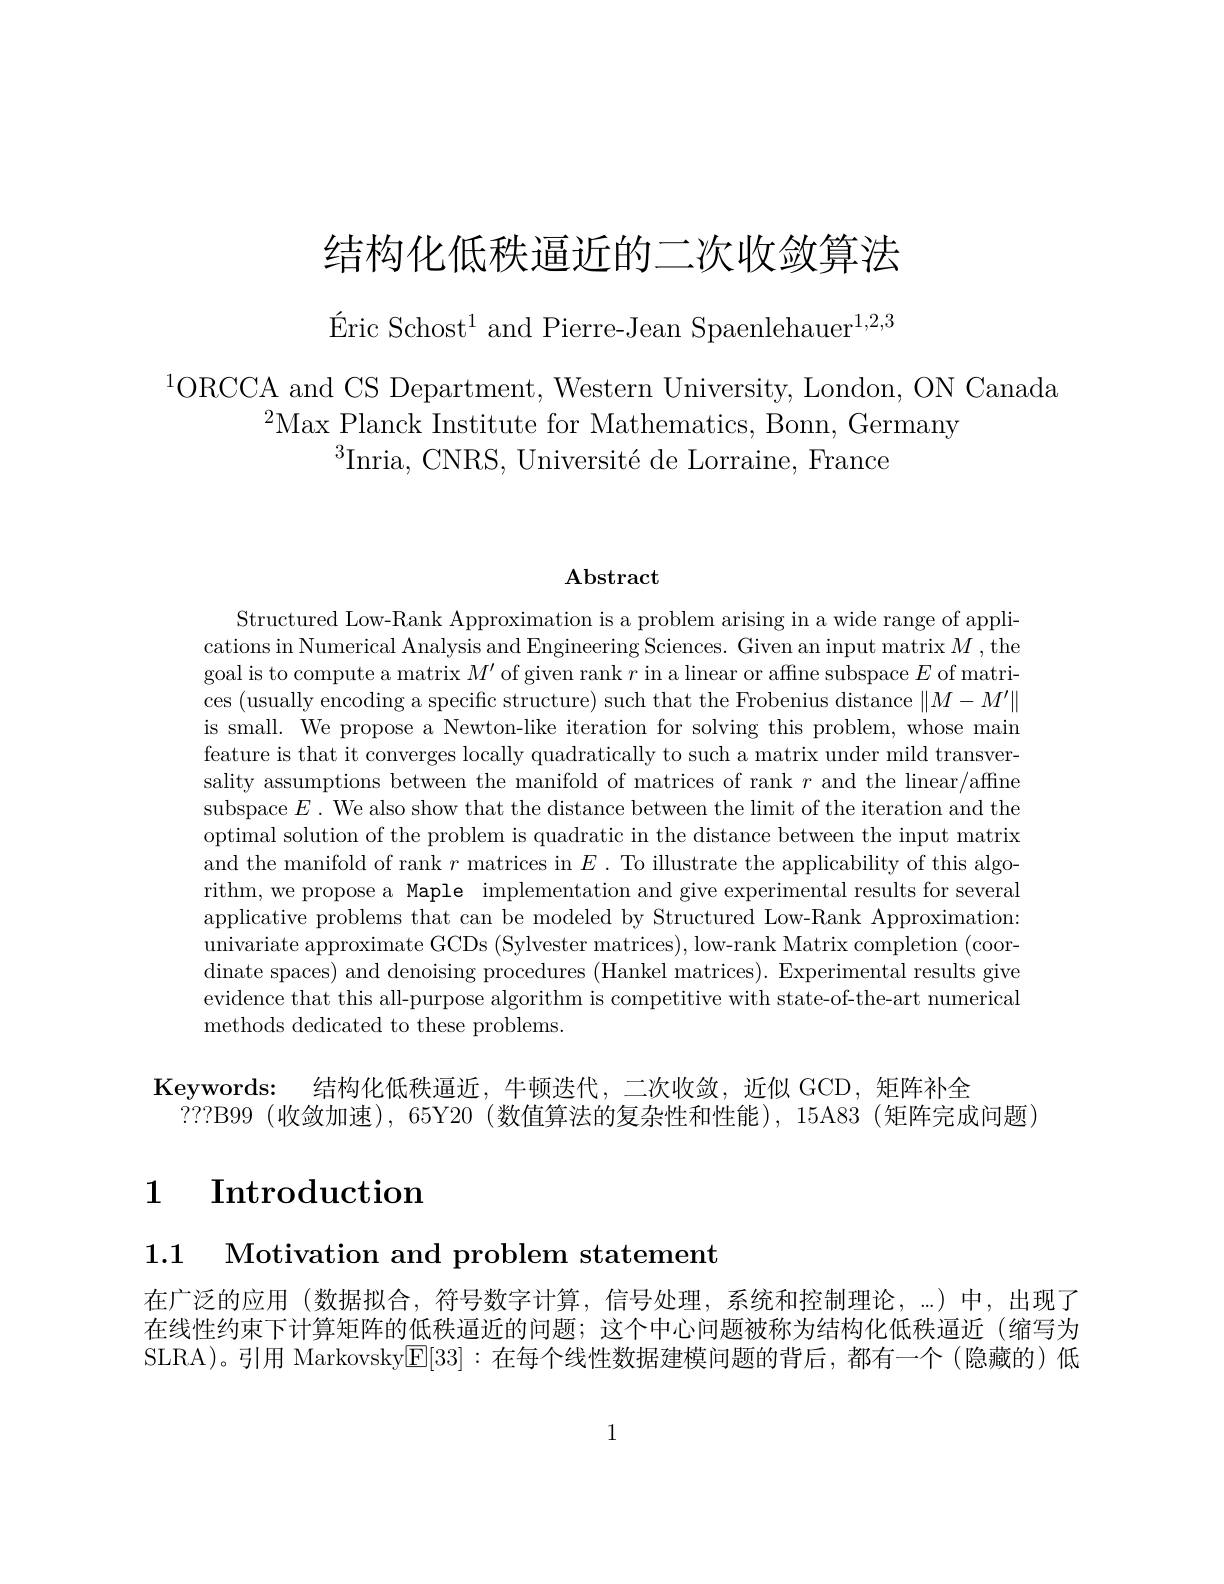
# 结构化低秩逼近的二次收敛算法

$\text{Éric Schost}^{1}$ and Pierre-Jean Spaenlehauer$^1,2,3$

$^{1}$ORCCA and CS Department, Western University, London, ON Canada
$^{2}$Max Planck Institute for Mathematics, Bonn, Germany
$^{3}$Inria, CNRS, Université de Lorraine, France

# Abstract

Structured Low-Rank Approximation is a problem arising in a wide range of applications in Numerical Analysis and Engineering Sciences. Given an input matrix $M$, the goal is to compute a matrix $M^\prime$ of given rank $r$ in a linear or affne subspace $E$ of matrices ( usually encoding a specific structure) such that the Frobenius distance $\| M- M^{\prime }\|$ is small. We propose a Newton-like iteration for solving this problem, whose main feature is that it converges locally quadratically to such a matrix under mild transversality assumptions between the manifold of matrices of rank $r$ and the linear/affine subspace $E.$ We also show that the distance between the limit of the iteration and the optimal solution of the problem is quadratic in the distance between the input matrix and the manifold of rank $r$ matrices in $E.$ To illustrate the applicability of this algorithm,we propose a Maple implementation and give experimental results for several applicative problems that can be modeled by Structured Low-Rank Approximation: univariate approximate GCDs (Sylvester matrices), low-rank Matrix completion (coor-1) dinate spaces) and denoising procedures (Hankel matrices). Experimental results give evidence that this all-purpose algorithm is competitive with state-of-the-art numerical methods dedicated to these problems.

Keywords: 结构化低秩逼近，牛顿迭代，二次收敛，近似 GCD,矩阵补全
$$???$B99(收敛加速),65$Y20(数值算法的复杂性和性能),15A83(矩阵完成问题)

# $\begin{array}{cc}1&\textbf{Introduction}\end{array}$

1.1 Motivation and problem statement

在广泛的应用 (数据拟合，符号数字计算，信号处理，系统和控制理论，...)中，出现了在线性约束下计算矩阵的低秩逼近的问题；这个中心问题被称为结构化低秩逼近(缩写为SLRA)。引用 Markovsky[E|33]:在每个线性数据建模问题的背后，都有一个(隐藏的)低

1